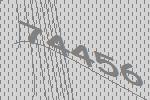
74456